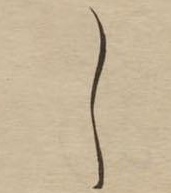
し